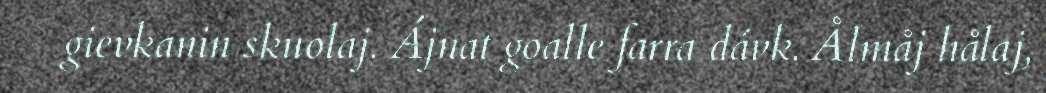
gievkanin skuolaj. Ájnat goalle farra dávk. Ålmåj hålaj,